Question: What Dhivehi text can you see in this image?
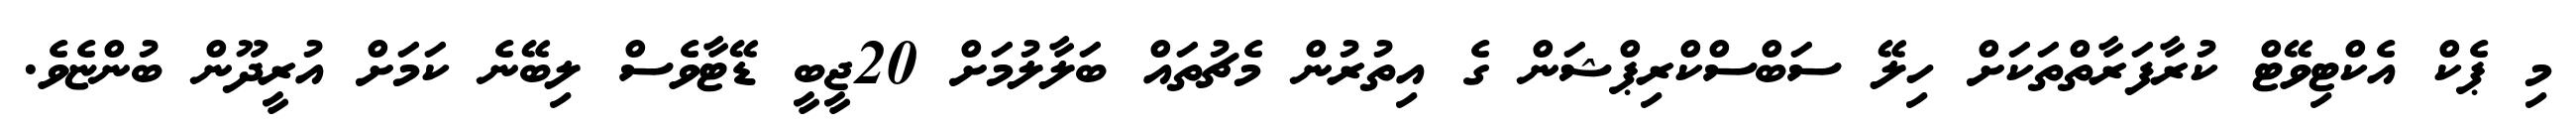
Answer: މި ޕެކް އެކްޓިވޭޓް ކުރާފަރާތްތަކަށް ހިލޭ ސަބްސްކްރިޕްޝަން ގެ އިތުރުން މެޗުތައް ބަލާލުމަށް 20ޖީބީ ޑޭޓާވެސް ލިބޭނެ ކަމަށް އުރީދޫން ބުންޏެވެ.